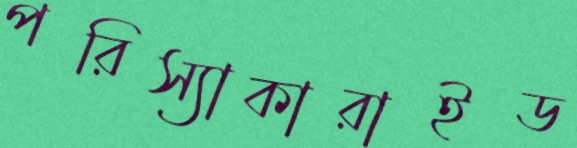
পরিস্যাকারাইড